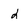
Character: d